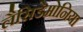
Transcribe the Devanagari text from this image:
लैसिडेमोनिया